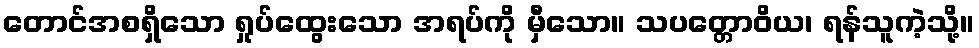
တောင်အစရှိသော ရှုပ်ထွေးသော အရပ်ကို မှီသော။ သပတ္တောဝိယ၊ ရန်သူကဲ့သို့။